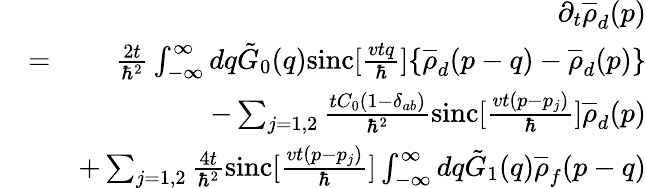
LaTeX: \begin{array}{rlr}&{}&{\partial_{t}\overline{{\rho}}_{d}(p)}\\ &{=}&{\frac{2t}{\hbar^{2}}\int_{-\infty}^{\infty}dq\tilde{G}_{0}(q)\mathrm{sinc}[\frac{vtq}{\hbar}]\{ \overline{{\rho}}_{d}(p-q)-\overline{{\rho}}_{d}(p)\} }\\ &{}&{-\sum_{j=1,2}\frac{tC_{0}(1-\delta_{ab})}{\hbar^{2}}\mathrm{sinc}[\frac{vt(p-p_{j})}{\hbar}]\overline{{\rho}}_{d}(p)}\\ &{}&{+\sum_{j=1,2}\frac{4t}{\hbar^{2}}\mathrm{sinc}[\frac{vt(p-p_{j})}{\hbar}]\int_{-\infty}^{\infty}dq\tilde{G}_{1}(q)\overline{{\rho}}_{f}(p-q)}\end{array}